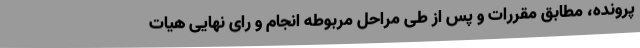
پرونده، مطابق مقررات و پس از طی مراحل مربوطه انجام و رای نهایی هیات